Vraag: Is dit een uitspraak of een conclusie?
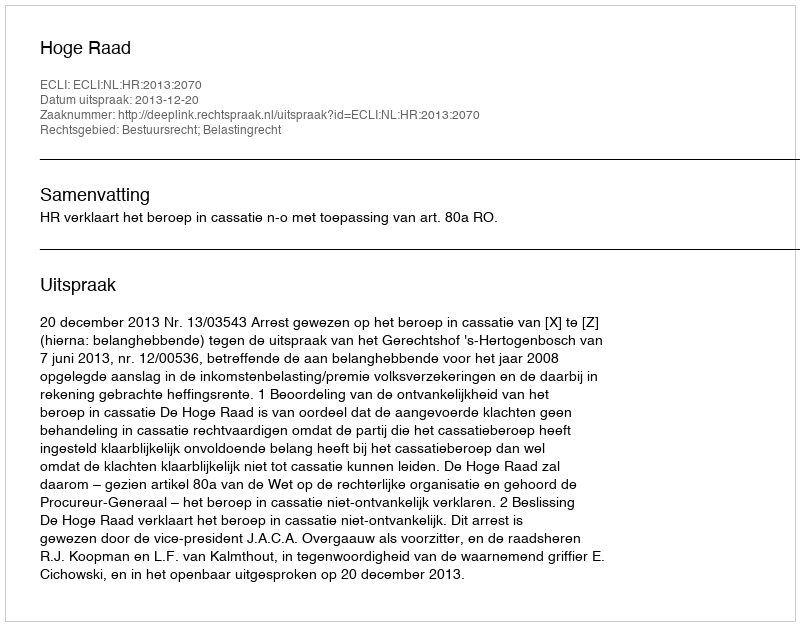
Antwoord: Uitspraak